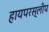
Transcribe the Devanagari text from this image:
हायपरस्लीप